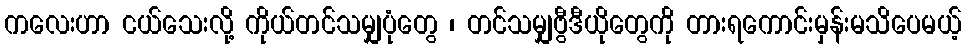
ကလေးဟာ ငယ်သေးလို့ ကိုယ်တင်သမျှပုံတွေ ၊ တင်သမျှဗွီဒီယိုတွေကို တားရကောင်းမှန်းမသိပေမယ့်